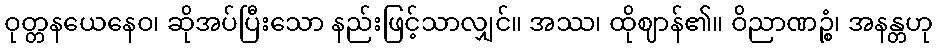
ဝုတ္တနယေနေဝ၊ ဆိုအပ်ပြီးသော နည်းဖြင့်သာလျှင်။ အဿ၊ ထိုဈာန်၏။ ဝိညာဏဉ္စံ၊ အနန္တဟု